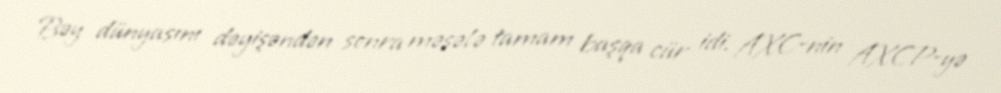
Bəy dünyasını dəyişəndən sonra məsələ tamam başqa cür idi. AXC-nin AXCP-yə